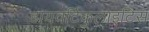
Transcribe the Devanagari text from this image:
डायवर्टिकुलाइटिस